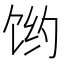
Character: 𱃻